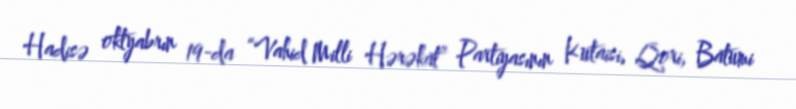
Hadisə oktyabrın 19-da “Vahid Milli Hərəkat” Partiyasının Kutaisi, Qori, Batumi